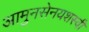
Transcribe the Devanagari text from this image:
आमुनसेनयशस्वी